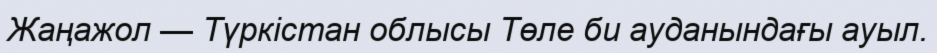
Жаңажол — Түркістан облысы Төле би ауданындағы ауыл.